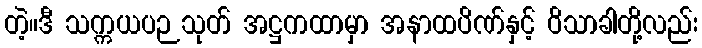
တဲ့။ဒီ သက္ကယပဉသုတ် အဋ္ဌကထာမှာ အနာထပိဏ်နှင့် ဝိသာခါတို့လည်း